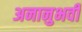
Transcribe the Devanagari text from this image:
अनानुभवी